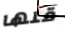
قلها